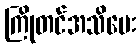
ကြိုတင်အသိပေး